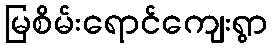
မြစိမ်းရောင်ကျေးရွာ